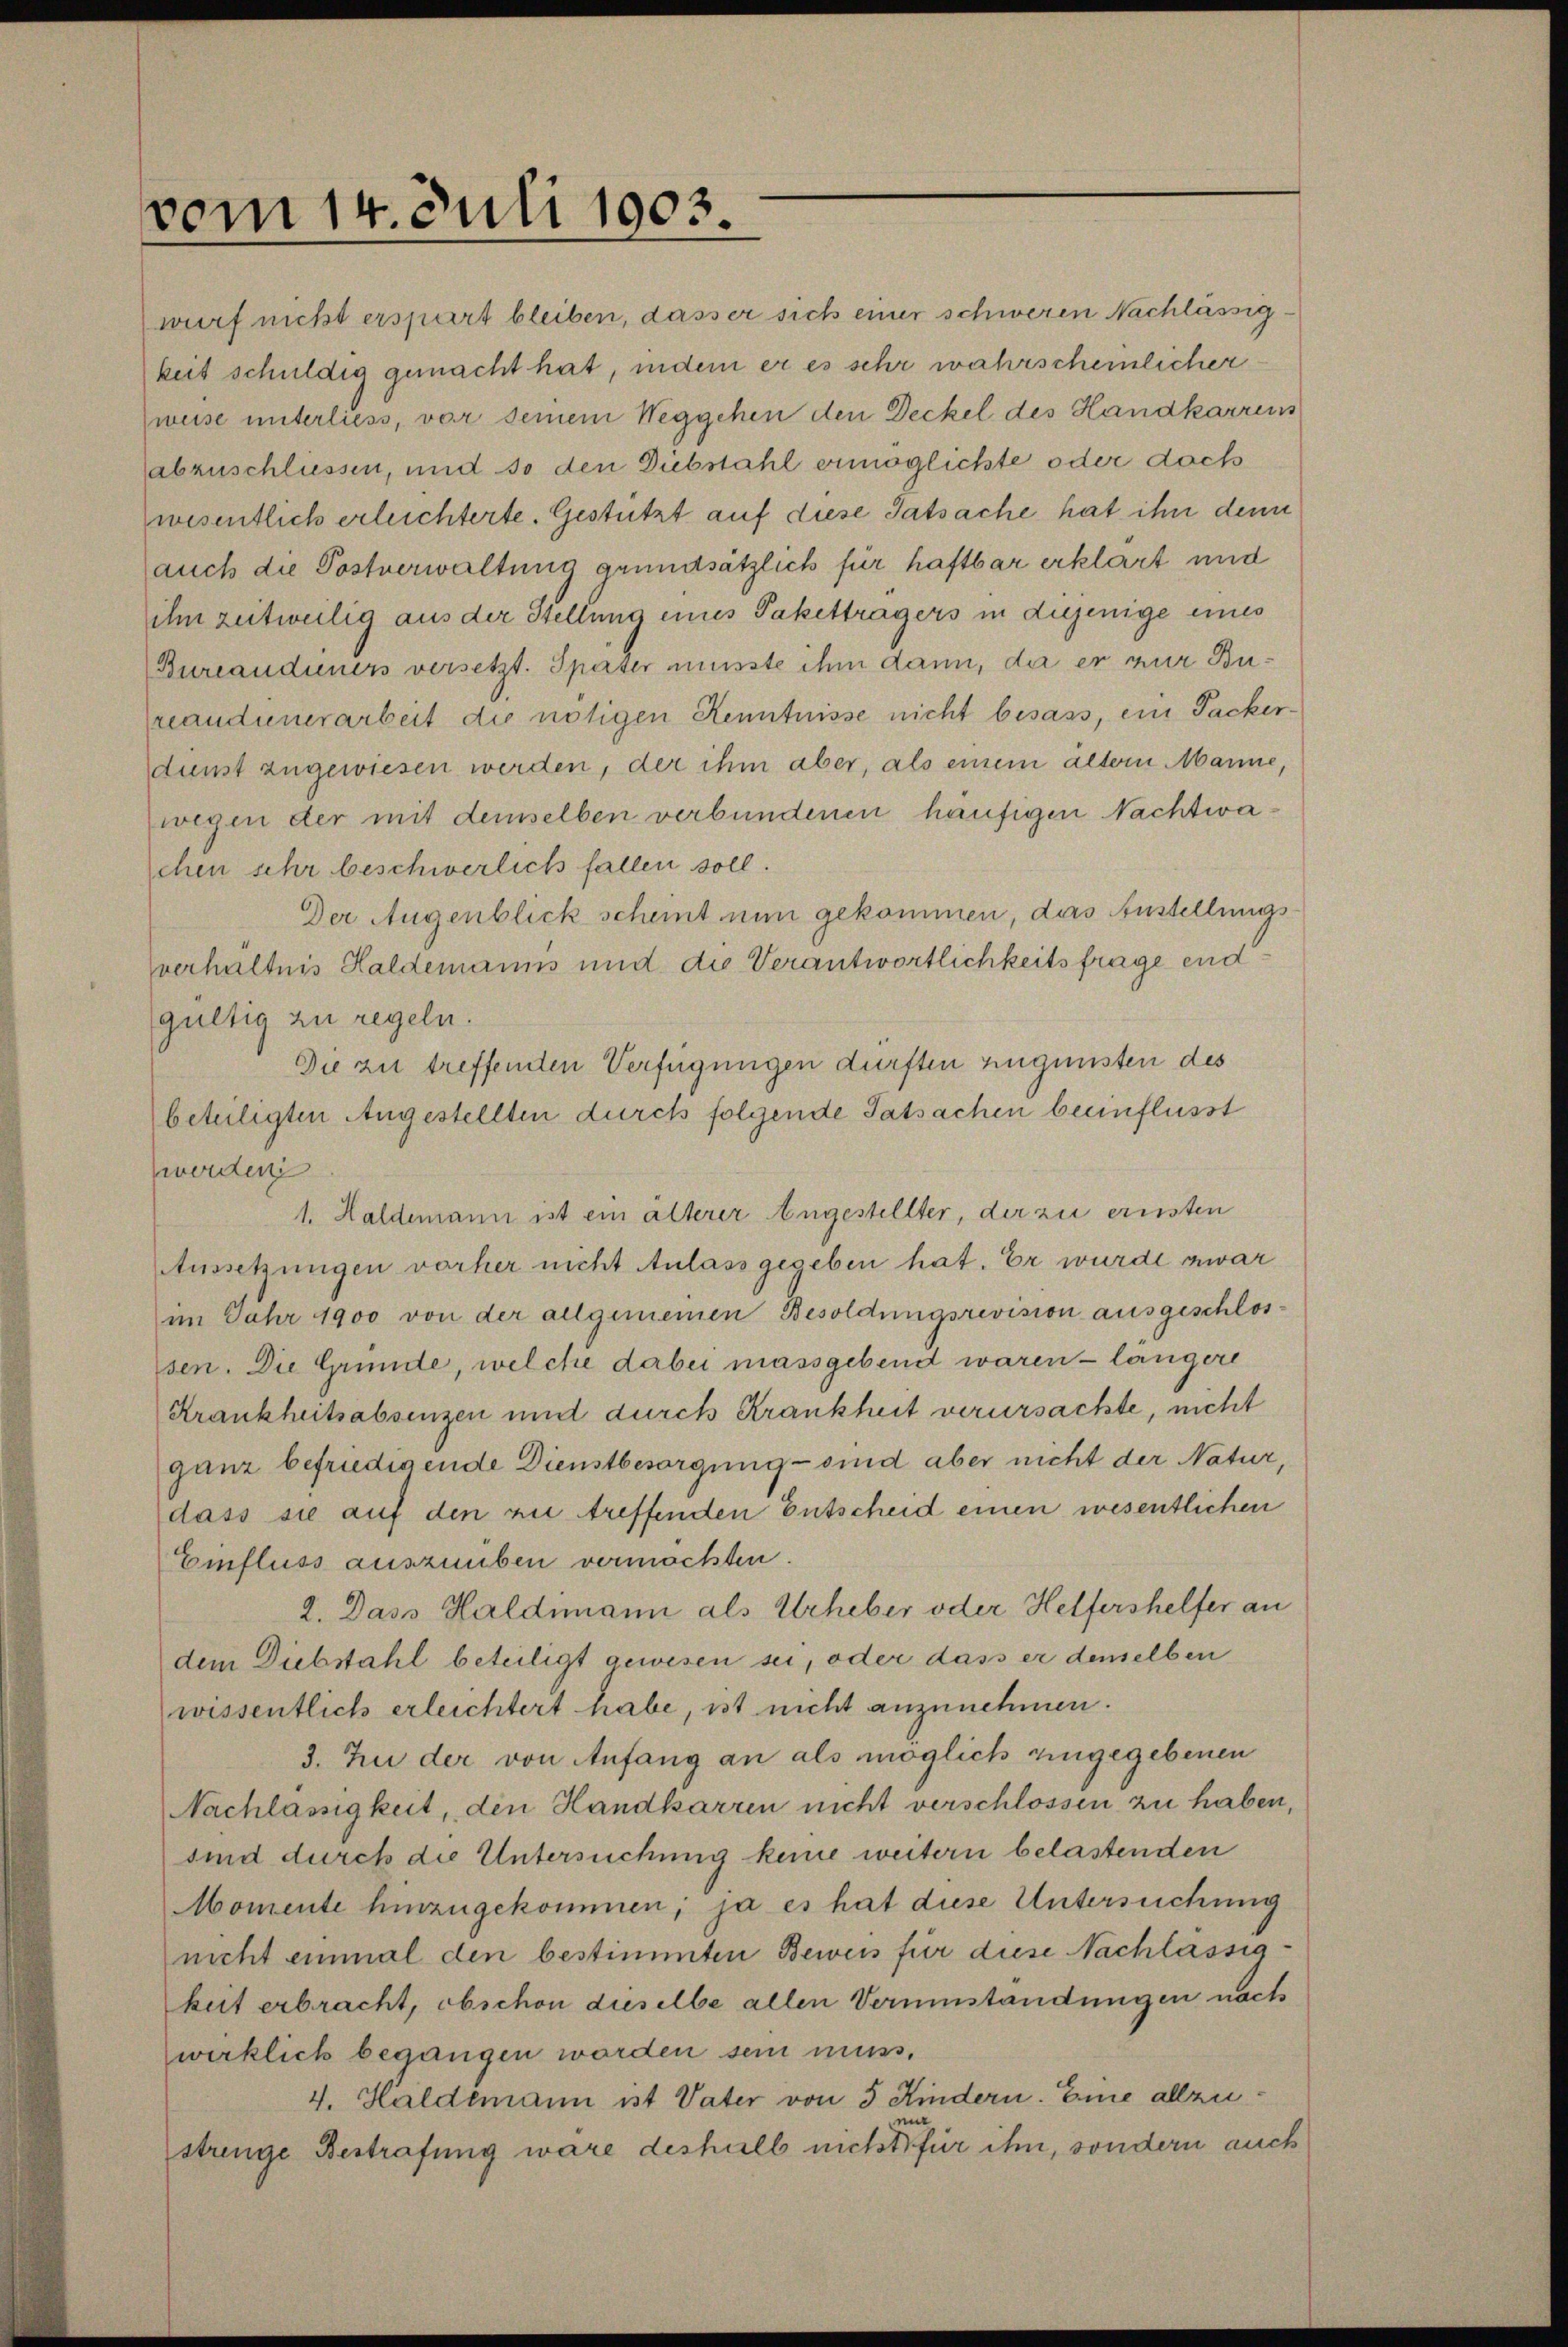
vom 14. Juli 1903.

wurf nicht erspart bleiben, dasser sich einer schweren Nachlässig.
keit schuldig gemacht hat, indem er es sehr wahrscheinlicher
weise unterliess, vor seinem Weggehen den Deckel des Handkarrens
abzuschliessen, und so den Diebstahl ermöglichte oder doch
wesentlich erleichterte. Gestützt auf diese Tatsache hat ihn denn
auch die Postverwaltung grundsätzlich für haftbar erklärt und
ihn zeitweilig aus der Stellung eines Pakettragers in diejenige eines
Bureaudiners versetzt. Später müsste ihm dann, da er nur Bupreaudienerarbeit die nötigen Kenntnisse nicht besass, ein Packerdinst zugewiesen werden, der ihm aber, als einem ältern Manne,
wegen der mit demselben verbundenen häufigen Nachtwachen sehr beschwerlich fallen soll.
Der Augenblick scheint nun gekommen, das Anstellungsverhältnis Haldemanns und die Verantwortlichkeits frage endgültig zu regeln.
Die zu treffenden Verfügungen dürften zugunsten des
beteiligten Angestellten durch folgende Tatsachen beeinflusst
werden
1. Haldemann ist ein älterer Angestellter, der zu ernsten
Aussetzungen vorher nicht Anlassgegeben hat. Er wurde zwar
im Jahr 1900 von der allgemeinen Besoldungsrevision ausgeschlossen. Die Gründe, welche dabei massgebend waren - längere
Krankheitsabsenzen und durch Krankheit verursachte, nicht
ganz befriedigende Dienstbesorgung sind aber nicht der Natur,
dass sie auf den zu treffenden Entscheid einen wesentlichen
Einfluss auszuüben vermöchten.
2. Dass Haldimann als Urheber oder Helfershelfer an
dem Diebstahl beteiligt gewesen sei, oder dass er denselben
wissentlich erleichtert habe, ist nicht anzunehmen.
3. Zu der von Anfang an als möglich eingegebenen
Nachlässigkeit, den Handkarren nicht verschlossen zu haben,
sind durch die Untersuchung keine weitern belastenden
Momente hinzugekommen; ja es hat diese Untersuchung
nicht einmal den bestimmten Beweis für diese Nachlässigkeit erbracht, obschon dieselbe allen Verminstandungen nach
wirklich begangen worden sein muss.
4. Haldemann ist Vater von 5 Kindern. Eine allzumir
strenge Bestrafung wäre deshalb nicht für ihn, sondern auch